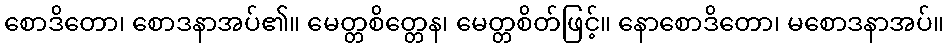
စောဒိတော၊ စောဒနာအပ်၏။ မေတ္တစိတ္တေန၊ မေတ္တစိတ်ဖြင့်။ နောစောဒိတော၊ မစောဒနာအပ်။